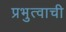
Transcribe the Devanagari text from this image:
प्रभुत्वाची